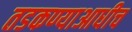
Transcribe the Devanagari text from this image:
तडकण्याआधीच